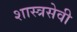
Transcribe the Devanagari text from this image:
शास्त्रसेवी